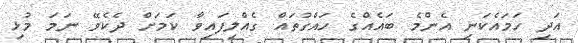
އަދި ހަމައެކަނި އެންމެ ބައެއްގެ ހައްގުތައް ގެއްލިފައިވާ ކަމަށް ދެކެވޭ ނަމަ މުޅި